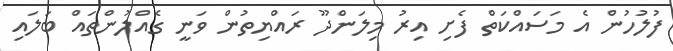
ފުލުހުން އެ މަސައްކަތް ފެށި އިރު މިލަންދޫ ރައްޔިތުން ވަނީ ގެއްލުންތައް ބަލައި